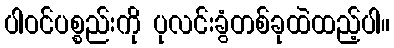
ပါဝင်ပစ္စည်းကို ပုလင်းခွံတစ်ခုထဲထည့်ပါ။